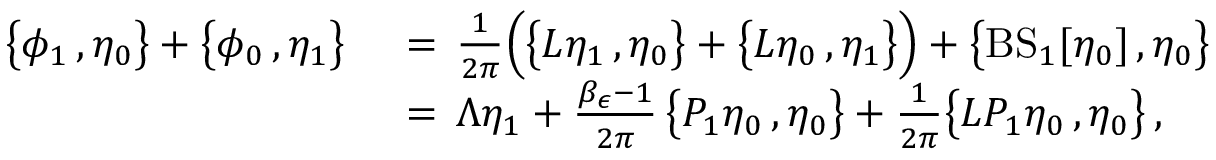
\begin{array} { r l } { \bigl \{ \phi _ { 1 } \, , \eta _ { 0 } \bigr \} + \bigl \{ \phi _ { 0 } \, , \eta _ { 1 } \bigr \} \, } & { { } = \, \frac { 1 } { 2 \pi } \Bigl ( \bigl \{ L \eta _ { 1 } \, , \eta _ { 0 } \bigr \} + \bigl \{ L \eta _ { 0 } \, , \eta _ { 1 } \bigr \} \Bigr ) + \bigl \{ \mathrm { B S } _ { 1 } [ \eta _ { 0 } ] \, , \eta _ { 0 } \bigr \} } \\ { \, } & { { } = \, \Lambda \eta _ { 1 } + \frac { \beta _ { \epsilon } - 1 } { 2 \pi } \, \bigl \{ P _ { 1 } \eta _ { 0 } \, , \eta _ { 0 } \bigr \} + \frac { 1 } { 2 \pi } \bigl \{ L P _ { 1 } \eta _ { 0 } \, , \eta _ { 0 } \bigr \} \, , } \end{array}